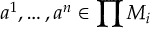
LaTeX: a ^ { 1 } , \ldots , a ^ { n } \in \prod M _ { i }